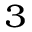
_ 3